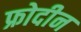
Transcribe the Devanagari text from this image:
फ्रोदीन